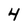
Character: 4